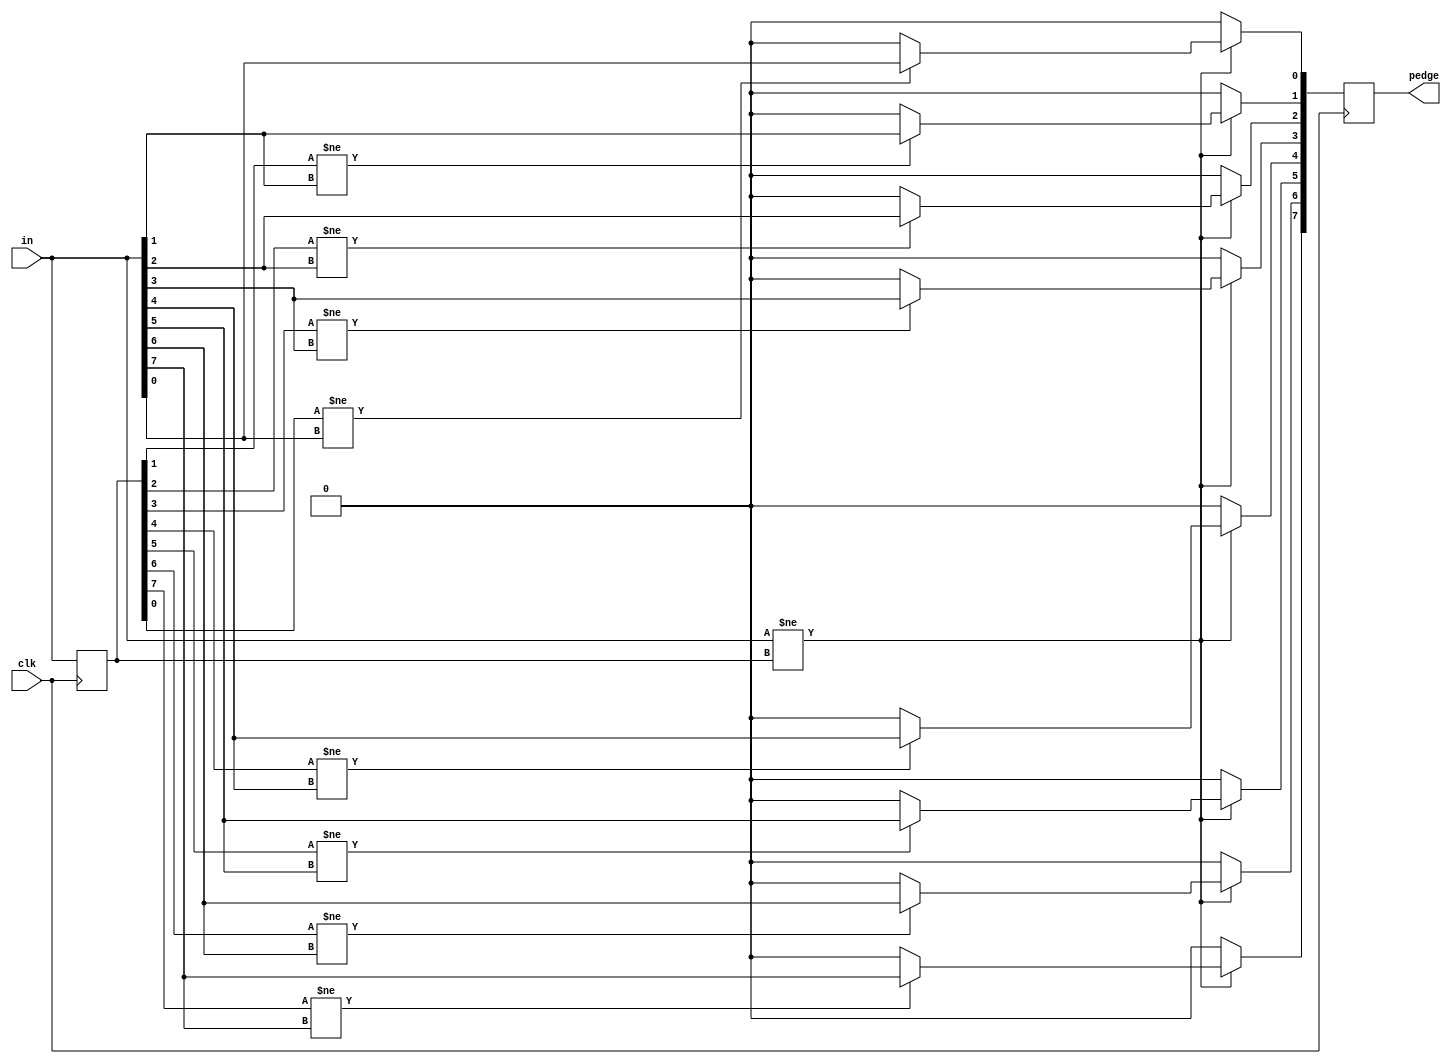
module top_module (
    input clk,
    input [7:0] in,
    output [7:0] pedge
);
    reg [7:0] prev_in;
    always @(posedge clk) begin
        if(in[7:0]!=prev_in[7:0]) begin
            if(prev_in[0]!=in[0])
                pedge[0]=in[0];
            else pedge[0]=0;
            if(prev_in[1]!=in[1])
                pedge[1]=in[1];
            else pedge[1]=0;
            if(prev_in[2]!=in[2])
                pedge[2]=in[2];
            else pedge[2]=0;
            if(prev_in[3]!=in[3])
                pedge[3]=in[3];
            else pedge[3]=0;
            if(prev_in[4]!=in[4])
                pedge[4]=in[4];
            else pedge[4]=0;
            if(prev_in[5]!=in[5])
                pedge[5]=in[5];
            else pedge[5]=0;
            if(prev_in[6]!=in[6])
                pedge[6]=in[6];
            else pedge[6]=0;
            if(prev_in[7]!=in[7])
                pedge[7]=in[7];
            else pedge[7]=0;
        end
        else begin pedge=0; end
        prev_in=in;
    end
endmodule